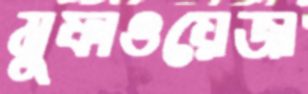
মুফাওয়েজা